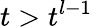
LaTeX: t>t^{l-1}